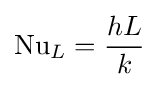
\mathrm {Nu} _{L}={\frac {hL}{k}}